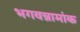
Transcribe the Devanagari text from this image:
भगवन्नामांक